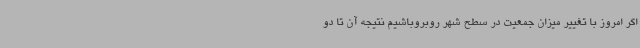
اگر امروز با تغییر میزان جمعیت در سطح شهر روبروباشیم نتیجه آن تا دو